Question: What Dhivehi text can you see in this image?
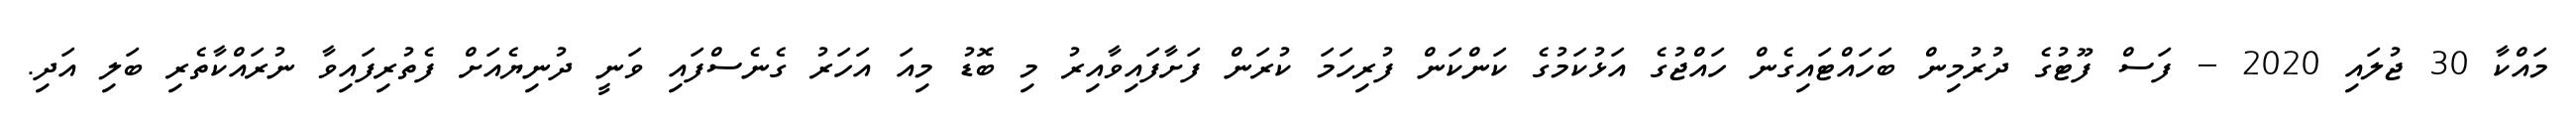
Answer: މައްކާ 30 ޖުލައި 2020 -- ފަސް ފޫޓުގެ ދުރުމިން ބަހައްޓައިގެން ހައްޖުގެ އަޅުކަމުގެ ކަންކަން ފުރިހަމަ ކުރަން ފަށާފައިވާއިރު މި ބޮޑު މިއަ އަހަރު ގެނެސްފައި ވަނީ ދުނިޔެއަށް ފެތުރިފައިވާ ނުރައްކާތެރި ބަލި އަދި.